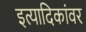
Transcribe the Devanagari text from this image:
इत्यादिकांवर